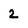
Character: 2